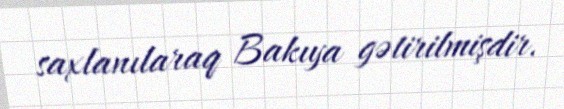
saxlanılaraq Bakıya gətirilmişdir.